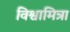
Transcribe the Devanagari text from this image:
विश्वामित्रा